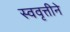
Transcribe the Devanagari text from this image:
स्ववृत्तीने